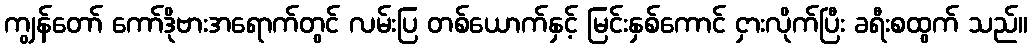
ကျွန်တော် ကော်ဒိုဗားအရောက်တွင် လမ်းပြ တစ်ယောက်နှင့် မြင်းနှစ်ကောင် ငှားလိုက်ပြီး ခရီးစထွက် သည်။